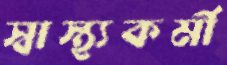
স্বাস্থ্যকর্মী